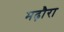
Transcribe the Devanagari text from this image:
मढ़ौरा